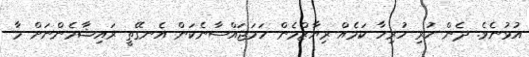
އުޅުނެވެ. ދެން ހުރި ހުރިހާ ކަމެއް ރިޔާޒްމެން ހަމަޖައްސާނެކަން އެނގޭތީ ރައިޝާމެންނަށް މާ